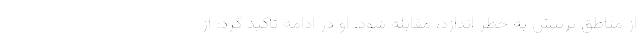
از مناطق پرتنش به خطر اندازد، مقابله شود. او در ادامه تاکید کرد: از